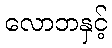
လောဘနှင့်